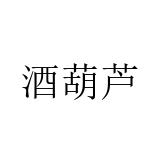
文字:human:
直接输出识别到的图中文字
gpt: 酒葫芦